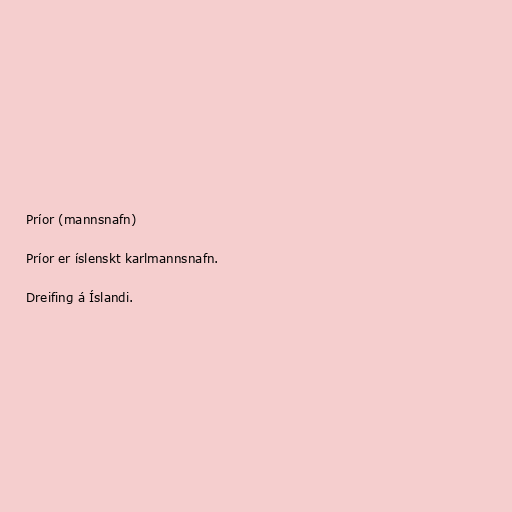
Príor (mannsnafn)

Príor er íslenskt karlmannsnafn.

Dreifing á Íslandi.